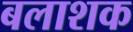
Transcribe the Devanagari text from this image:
बलाशक